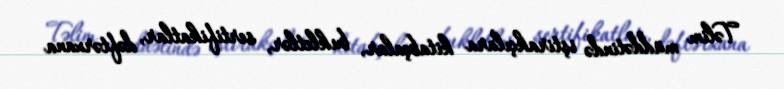
Təlim müddətində iştirakçılara kitabçalar, bukletlər, sertifikatlar, dəftərxana